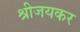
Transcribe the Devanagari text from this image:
श्रीजयकर